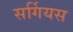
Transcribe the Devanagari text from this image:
सर्गियस